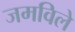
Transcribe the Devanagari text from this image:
जमविले